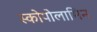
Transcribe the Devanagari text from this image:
स्कोपोलामिन